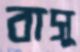
বাসু